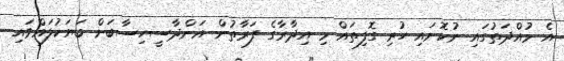
އެ މުއްދަތުގައި ނުކޮށައި ހުރި ގޮފިތައް މި އިދާރާގެ ފަރާތުން އަންދާސީހިސާބަށް ބަޔަކުލައްވައި